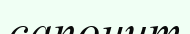
сапонит